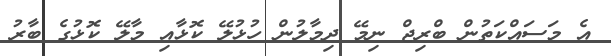
އެ މަސައްކަތުން ބްރިޖް ނިމޭ ދިމާލުން ހުޅުލޭ ކޮޅާއި މާލޭ ކޮޅުގެ ބާރު